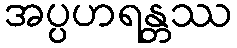
အပ္ပဟရန္တဿ